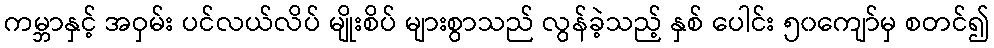
ကမ္ဘာနှင့် အဝှမ်း ပင်လယ်လိပ် မျိုးစိပ် များစွာသည် လွန်ခဲ့သည့် နှစ် ပေါင်း ၅၀ကျော်မှ စတင်၍